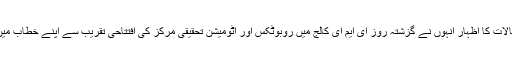
ان خیالات کا اظہار انہوں نے گزشتہ روز ای ایم ای کالج میں روبوٹکس اور آٹومیشن تحقیقی مرکز کی افتتاحی تقریب سے اپنے خطاب میں کیا۔